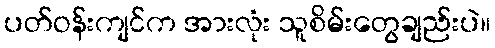
ပတ်ဝန်းကျင်က အားလုံး သူစိမ်းတွေချည်းပဲ။